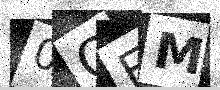
Text: 0QEM